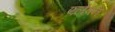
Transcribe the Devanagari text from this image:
एलेवन